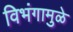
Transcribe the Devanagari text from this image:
विभंगामुळे